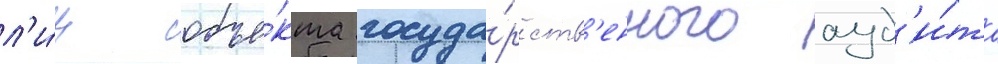
л'и́ц объе́кта госуда́рств'енного ауд'и́та